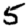
Digit: 5